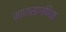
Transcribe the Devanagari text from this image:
माणसागणिक